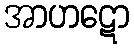
အာဟဋော